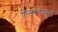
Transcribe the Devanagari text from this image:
तिरुवेगप्पुरा